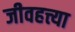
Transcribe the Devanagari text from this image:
जीवहत्त्या